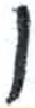
אות: ו